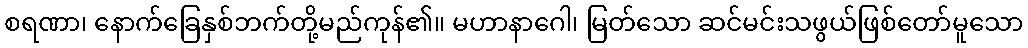
စရဏာ၊ နောက်ခြေနှစ်ဘက်တို့မည်ကုန်၏။ မဟာနာဂေါ၊ မြတ်သော ဆင်မင်းသဖွယ်ဖြစ်တော်မူသော